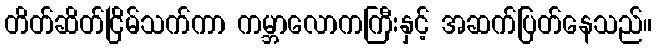
တိတ်ဆိတ်ငြိမ်သက်ကာ ကမ္ဘာလောကကြီးနှင့် အဆက်ပြတ်နေသည်။